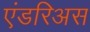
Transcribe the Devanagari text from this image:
एंडरिअस